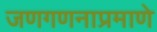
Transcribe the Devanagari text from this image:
जणगणनाप्रमाणे